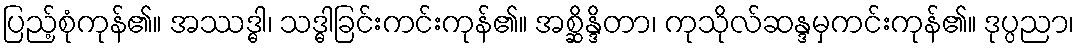
ပြည့်စုံကုန်၏။ အဿဒ္ဓါ၊ သဒ္ဓါခြင်းကင်းကုန်၏။ အစ္ဆိန္ဒိတာ၊ ကုသိုလ်ဆန္ဒမှကင်းကုန်၏။ ဒုပ္ပညာ၊